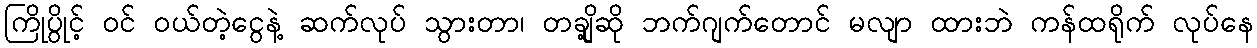
ကြိုပွိုင့် ဝင် ဝယ်တဲ့ငွေနဲ့ ဆက်လုပ် သွားတာ၊ တချို့ဆို ဘက်ဂျက်တောင် မလျာ ထားဘဲ ကန်ထရိုက် လုပ်နေ